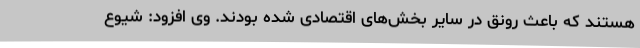
هستند که باعث رونق در سایر بخش‌های اقتصادی شده بودند. وی افزود: شیوع